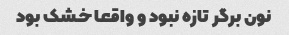
نون برگر تازه نبود و واقعا خشک بود